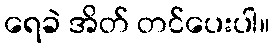
ရေခဲ အိတ် တင်ပေးပါ။